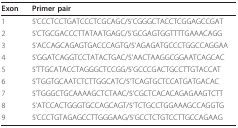
| Exon | Primer pair |
 | --- | --- |
 | 1 | 5'CCCTCCTGATCCCTCGCAGC/5'CGGGCTACCTCGGAGCCGAT |
 | 2 | 5'CTGCGACCCTTATAATGAGC/5'GCGAGTGGTTTTGAAACAGG |
 | 3 | 5'ACCAGCAGAGTGACCCAGTG/5'AGAGATGCCCTGGCCAGGAA |
 | 4 | 5'GGATCAGGTCCTATACTGAC/5'AACTAAGGCGGAATCAGCAC |
 | 5 | 5'TTGCATACCTAGGGCTCCGG/5'GCCCGACTGCCTTGTACCAT |
 | 6 | 5'TGGTGCAATCTCTTGGCATC/5'TCAGTGCTCCATGATGACAC |
 | 7 | 5'TGGGCTGCAAAAGCTCTAAC/5'CGCTCACACAGAGAAGTCTT |
 | 8 | 5'ATCCACTGGGTGCCAGCAGT/5'TCTGCCTGGAAAGCCAGGTG |
 | 9 | 5'CCCTGTAGAGCCTTGGGAAG/5'GCCTCTGTCCTTGCCAGAAG |